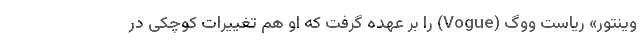
وینتور» ریاست ووگ (Vogue) را بر عهده گرفت که او هم تغییرات کوچکی در